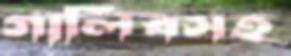
গালিবসহ